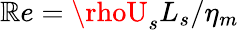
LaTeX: \mathbb{R}e={\rhoU_{s}L_{s}}/{\eta_{m}}